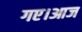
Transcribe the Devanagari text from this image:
गए।आज